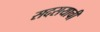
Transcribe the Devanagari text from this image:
सदसयाची